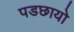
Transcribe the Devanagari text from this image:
पडछायो